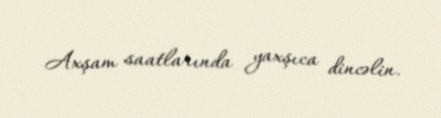
Axşam saatlarında yaxşıca dincəlin.